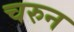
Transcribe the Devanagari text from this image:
चरुन